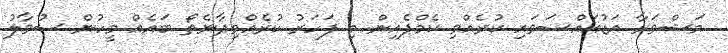
މަޝްވަރާ އަޑުއައްސަވައި ކުރެއްވި ކެމްޕެއިން މި ފަަހަރު ކުރެއްވިދާނެތޯ ބައެއް މީހުން ސުވާލު